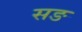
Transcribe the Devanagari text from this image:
सङ